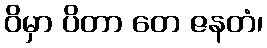
ဝိမှာ ပိတာ တေ ဇနတံ၊